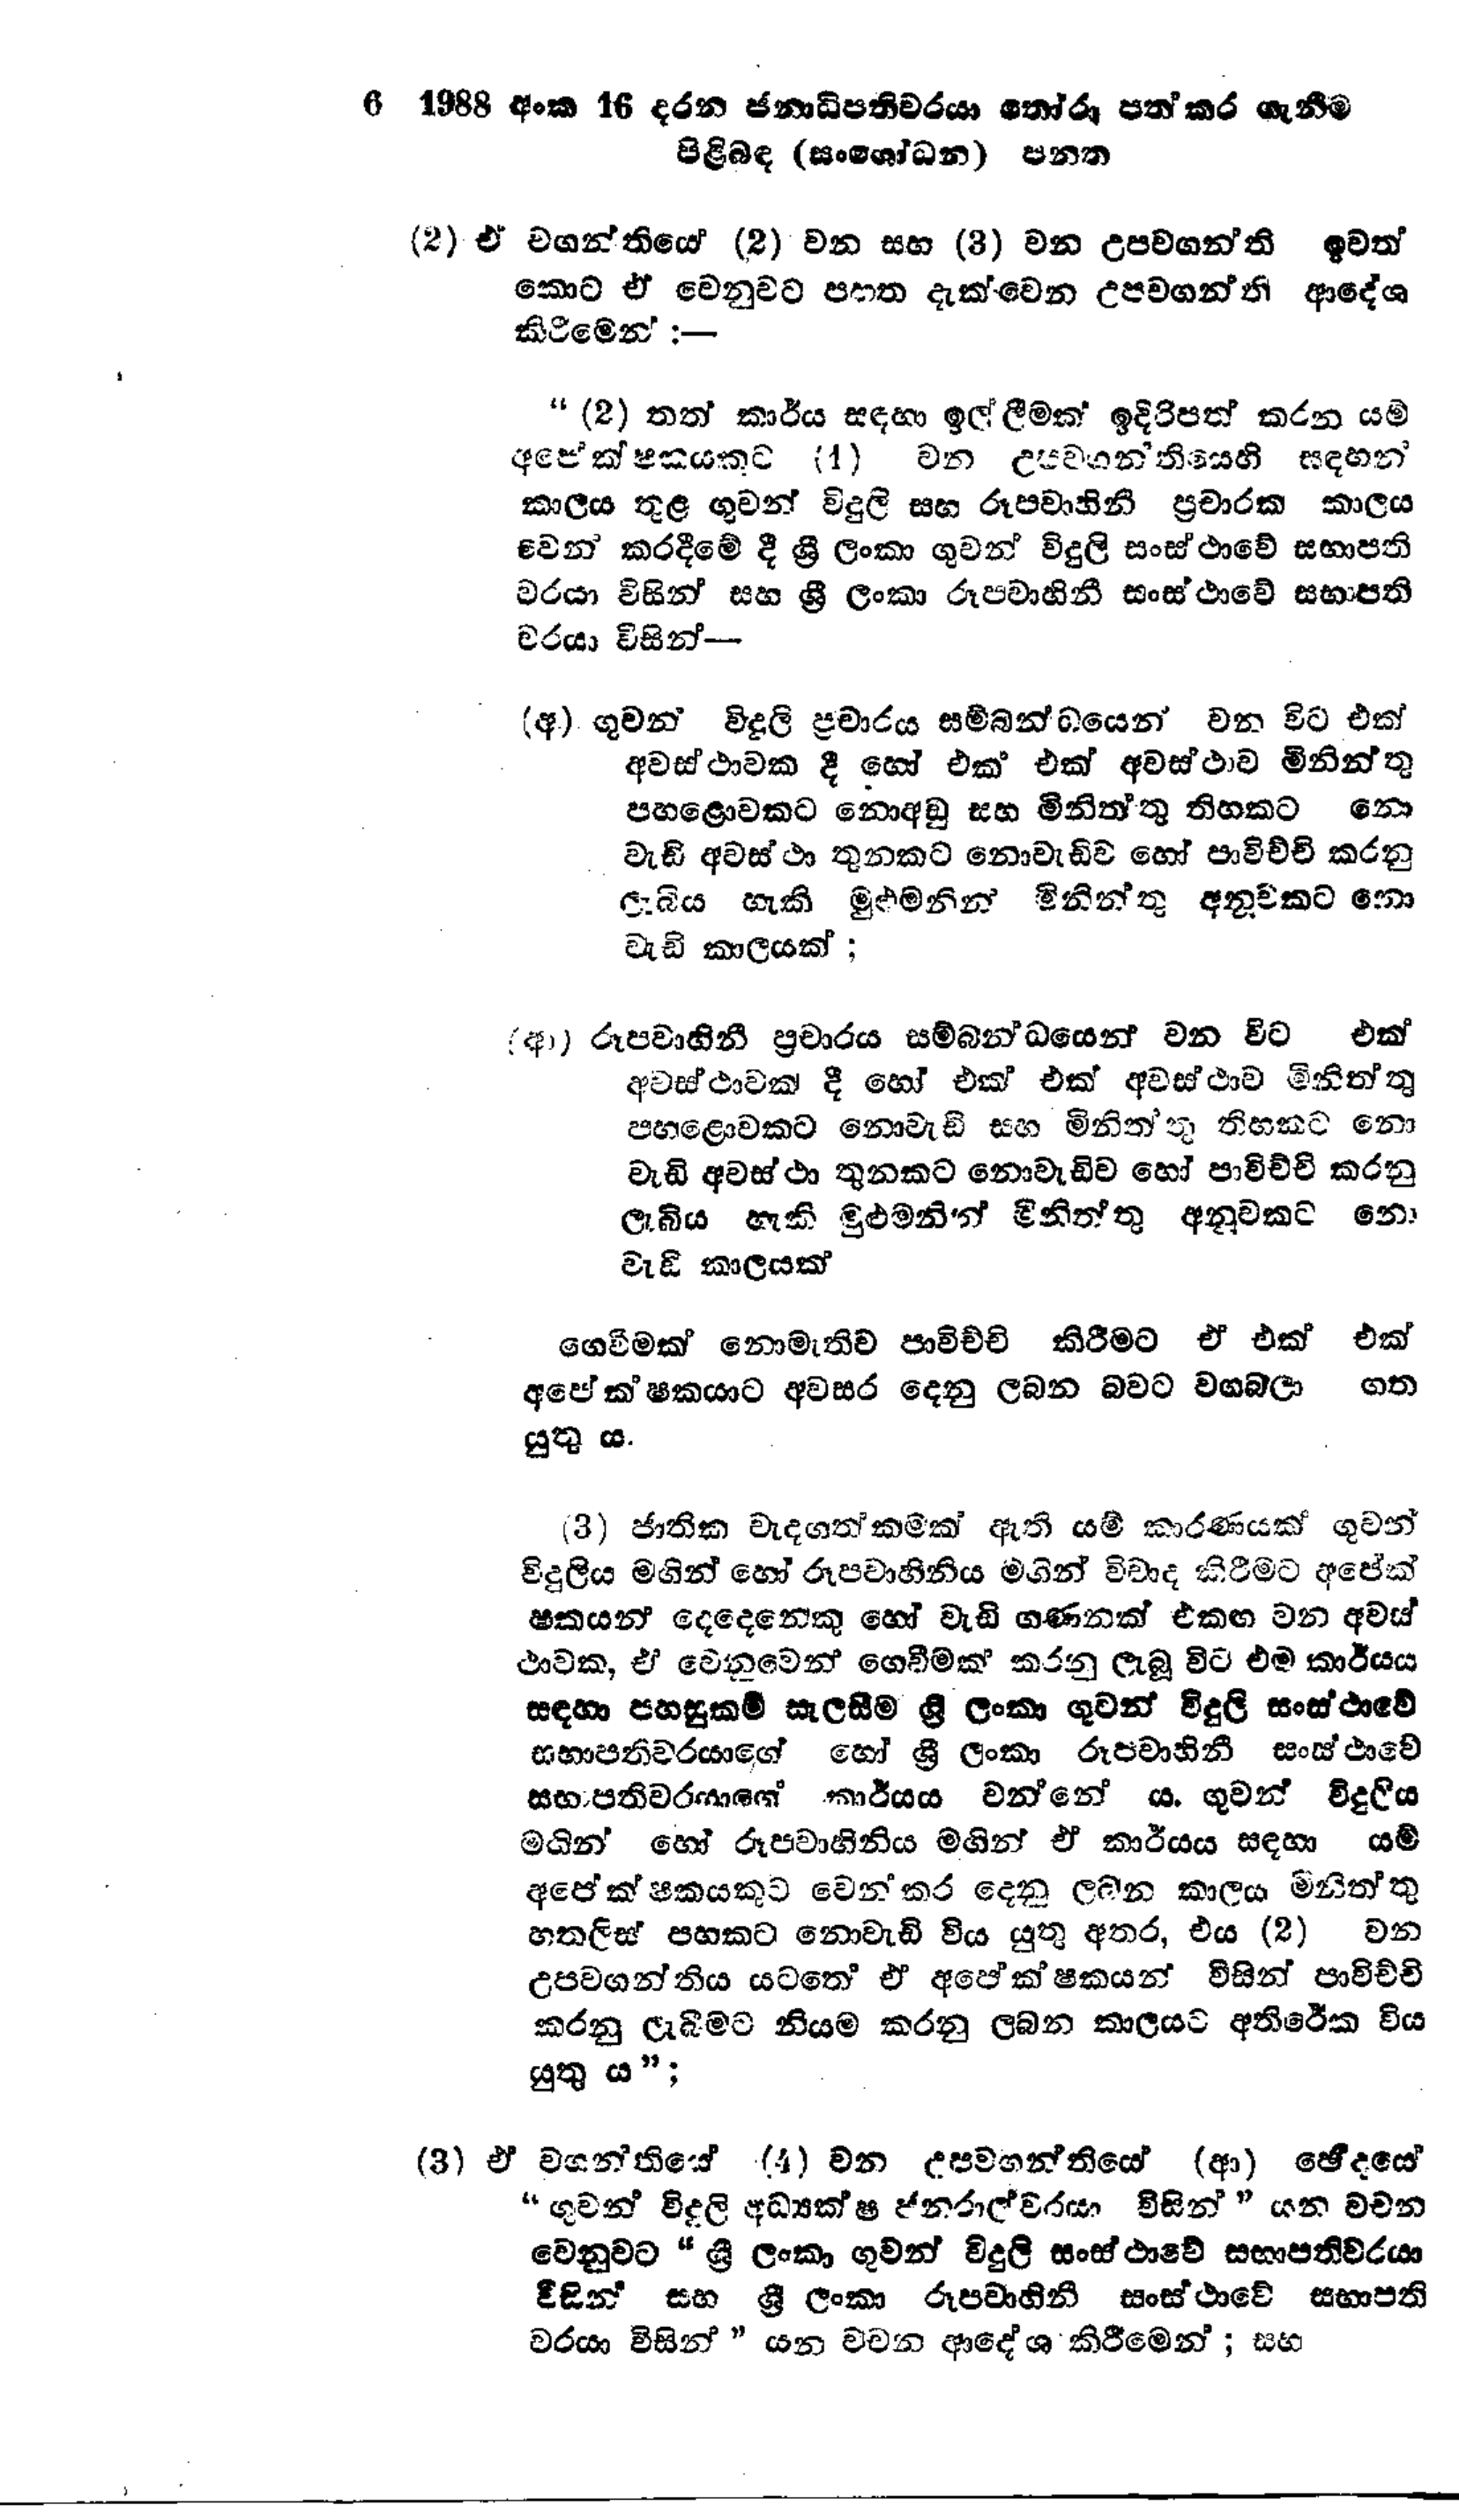
6 1988 අංක 16 දරන ජනාධිපතිවරයා තෝරා පත්කර ගැනීම
පිළිබඳ (සංශෝධන) පනත

(2) ඒ වගන්තියෙ (2) වන සහ (3) වන උපවගන්ති ඉවත්
කොට ඒ වෙනුවට පහත දැක්වෙන උපවගන්ති ආදේශ
කිරීමෙන්:-

"(2) තත් කාර්ය සඳහා ඉල්ලීමක් ඉදිරිපත් කරන යම්
අපේක්ෂකයකට (1) වන උපවගන්තියෙහි සඳහන්
කාලය තුළ ගුවන් විදුලි සහ රූපවාහිනි ප්‍රචාරක කාලය
වෙන් කරදීමේ දී ශ්‍රී ලංකා ගුවන් විදුලි සංස්ථාවේ සභාපති
වරයා විසින් සහ ශ්‍රී ලංකා රූපවාහිනී සංස්ථාවේ සභාපති
චරයා විසින් -

(අ) ගුවන් විදුලි ප්‍රචාරය සම්බන්ධයෙන් වන විට එක්
අවස්ථාවක දී හෝ එක් එක් අවස්ථාව මිනින්තු
පහළොවකට නොඅඩු සහ මිනිත්තු තිහකට නො
වැඩි අවස්ථා තුනකට නොවැඩිව හෝ පාවිච්චි කරනු
ලැබිය හැකි මුළුමනින් මිනින්තු අනූවකට නො
වැඩි කාලයක් ;

(ආ) රූපවාහිනී ප්‍රචාරය සම්බන්ධයෙන් වන විට එක්
අවස්ථාවක දී හෝ එක එක් අවස්ථාව මිනිත්තු
පහළොවකට නොවැඩි සහ මිනිත්තු තිහකට නො
වැඩි අවස්ථා තුනකට නොවැඩිව හෝ පාවිච්චි කරනු
ලැබිය හැකි මුළුමනින් මිනිත්තු අනුවකට නො
වැඩි කාලයක්

ගෙවීමක් නොමැතිව පාවිච්චි කිරීමට ඒ එක් එක්
අපේක්ෂකයාට අවසර දෙනු ලබන බවට වගබලා ගත
යුතු ය.

(3) ජාතික වැදගත්කමක් ඇති යම් කාරණයක් ගුවන්
විදුලිය මගින් හෝ රූපවාහිනිය මගින් විවාද කිරීමට අපේක්
ෂකයන් දෙදෙනෙකු හෝ වැඩි ගණනක් එකඟ වන අවස්
ථාවක, ඒ වෙනුවෙන් ගෙවීමක් කරනු ලැබූ විට එම කාර්යය
සඳහා පහසුකම් සැලසීම ශ්‍රී ලංකා ගුවන් විදුලි සංස්ථාවේ
සභාපතිවරයාගේ හෝ ශ්‍රී ලංකා රූපවාහිනී සංස්ථාවේ
සභාපතිවරයාගේ කාර්යය වන්නේ ය. ගුවන් විදුලිය
මගින් හෝ රූපවාහිනිය මගින් ඒ කාර්යය සඳහා යම්
අපේක්ෂකයකුට වෙන් කර දෙනු ලබන කාලය මිනිත්තු
හතලිස් පහකට නොවැඩි විය යුතු අතර, එය (2) වන
උපවගන්තිය යටතේ ඒ අපේක්ෂකයන් විසින් පාවිච්චි
කරනු ලැබීමට නියම කරනු ලබන කාලයට අතිරේක විය
යුතු ය";

(3) ඒ වගන්තියේ (4) වන උපවගන්තියේ (ආ) ඡේද‍යේ
"ගුවන් විදුලි අධ්‍යක්ෂ ජනරාල්වරයා විසින්" යන වචන
වෙනුවට "ශ්‍රී ලංකා ගුවන් විදුලි සංස්ථාවේ සභාපතිවරයා
විසින් සහ ශ්‍රී ලංකා රූපවාහිනී සංස්ථාවේ සභාපති
වරයා විසින්" යන වචන ආදේශ කිරීමෙන්; සහ